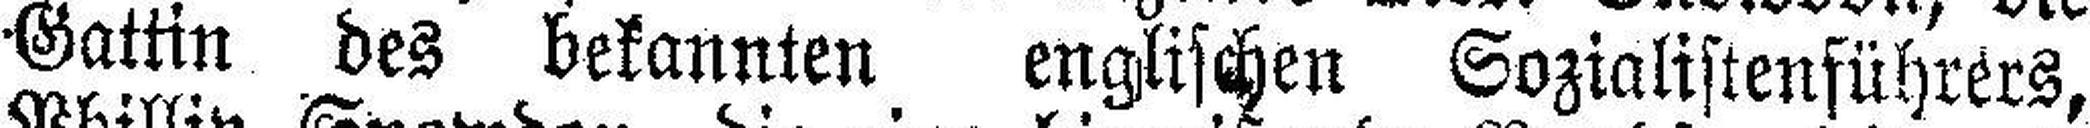
Gattin des bekannten englischen Sozialistenführers,